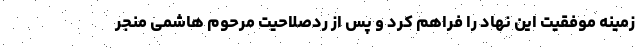
زمینه موفقیت این نهاد را فراهم کرد و پس از ردصلاحیت مرحوم هاشمی منجر